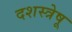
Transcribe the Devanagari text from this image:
दशस्त्रेषू